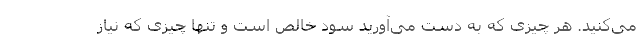
می‌کنید. هر چیزی که به دست می‌آورید سود خالص است و تنها چیزی که نیاز